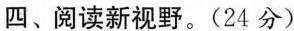
四、阅读新视野。(24分)